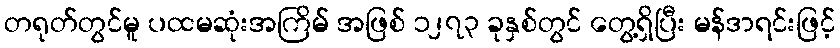
တရုတ်တွင်မူ ပထမဆုံးအကြိမ် အဖြစ် ၁၂၇၃ ခုနှစ်တွင် တွေ့ရှိပြီး မန်ဒာရင်းဖြင့်